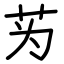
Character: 𫇭